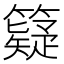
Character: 籎